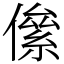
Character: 㒍